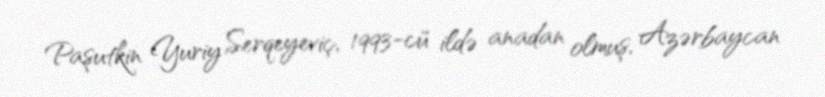
Paşutkin Yuriy Serqeyeviç, 1993-cü ildə anadan olmuş, Azərbaycan